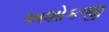
અશોકજી